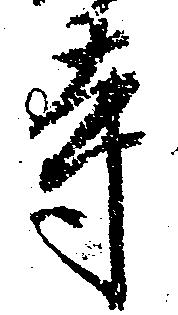
寺